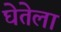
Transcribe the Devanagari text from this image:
घेतेला